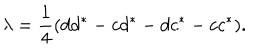
\lambda = { \frac { 1 } { 4 } } ( d d ^ { * } - c d ^ { * } - d c ^ { * } - c c ^ { * } ) .